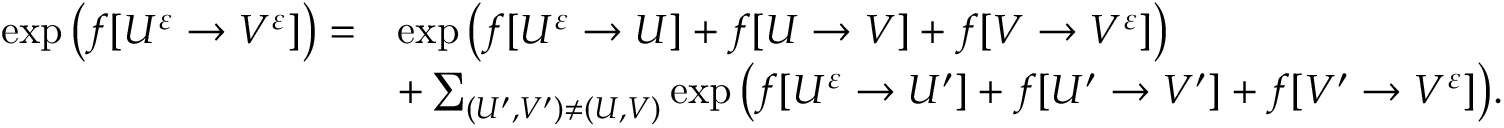
\begin{array} { r l } { \exp \big ( f [ U ^ { \varepsilon } \to V ^ { \varepsilon } ] \big ) = } & { \exp \big ( f [ U ^ { \varepsilon } \to U ] + f [ U \to V ] + f [ V \to V ^ { \varepsilon } ] \big ) } \\ & { + \sum _ { ( U ^ { \prime } , V ^ { \prime } ) \neq ( U , V ) } \exp \big ( f [ U ^ { \varepsilon } \to U ^ { \prime } ] + f [ U ^ { \prime } \to V ^ { \prime } ] + f [ V ^ { \prime } \to V ^ { \varepsilon } ] \big ) . } \end{array}